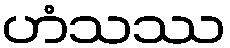
ဟံသဿ